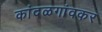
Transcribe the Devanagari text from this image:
कांदळगांवकर